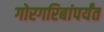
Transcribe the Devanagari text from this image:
गोरगरिबांपर्यंत